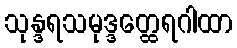
သုန္ဒရသမုဒ္ဒတ္ထေရဂါထာ